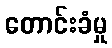
တောင်းခံမှု